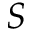
S